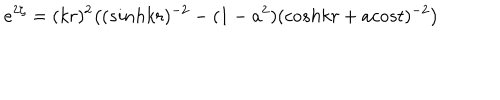
e ^ { 2 \zeta } = ( k r ) ^ { 2 } \bigl ( ( s i n h k r ) ^ { - 2 } - ( 1 - a ^ { 2 } ) ( c o s h k r + a c o s t ) ^ { - 2 } \bigr )